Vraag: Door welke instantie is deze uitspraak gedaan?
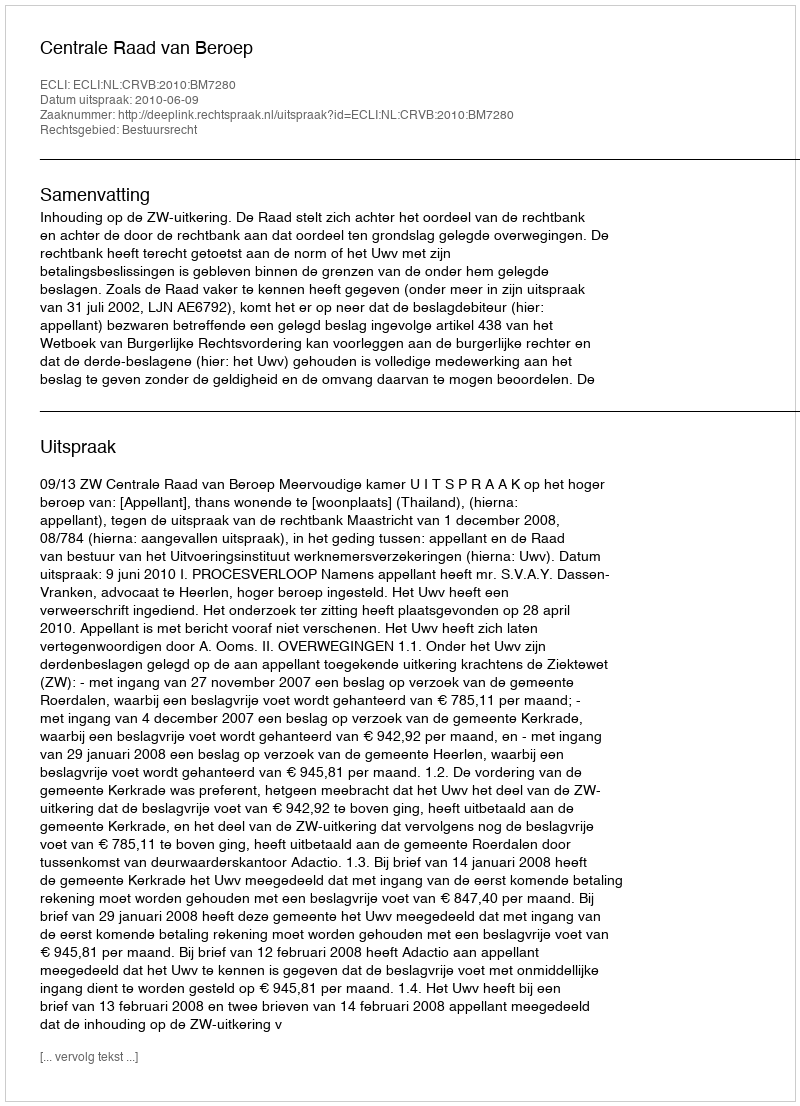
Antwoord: Centrale Raad van Beroep